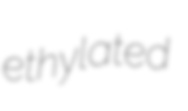
ethylated